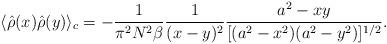
LaTeX: \begin{align*}\langle \hat{\rho}(x) \hat{\rho}(y) \rangle_c =-{1 \over {\pi^2 N^2 \beta}}{1 \over {(x-y)^2}}{{a^2-xy} \over {[(a^2-x^2)(a^2-y^2)]^{1/2}}}.\end{align*}